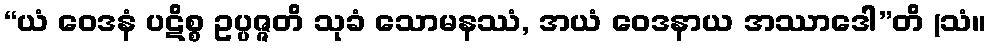
“ယံ ဝေဒနံ ပဋိစ္စ ဥပ္ပဇ္ဇတိ သုခံ သောမနဿံ, အယံ ဝေဒနာယ အဿာဒေါ”တိ (သံ။